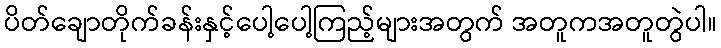
ပိတ်ချောတိုက်ခန်းနှင့်ပေါ့ပေါ့ကြည့်များအတွက် အတူကအတူတွဲပါ။